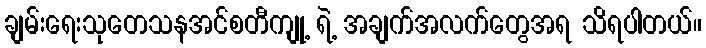
ချမ်းရေးသုတေသနအင်စတီကျု့ ရဲ့ အချက်အလက်တွေအရ သိရပါတယ်။